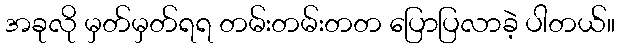
အခုလို မှတ်မှတ်ရရ တမ်းတမ်းတတ ပြောပြလာခဲ့ ပါတယ်။